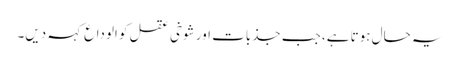
یہ حال ہوتا ہے، جب جذبات اور شوخی عقل کو الوداع کہہ دیں۔